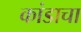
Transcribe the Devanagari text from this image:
कांडाचा